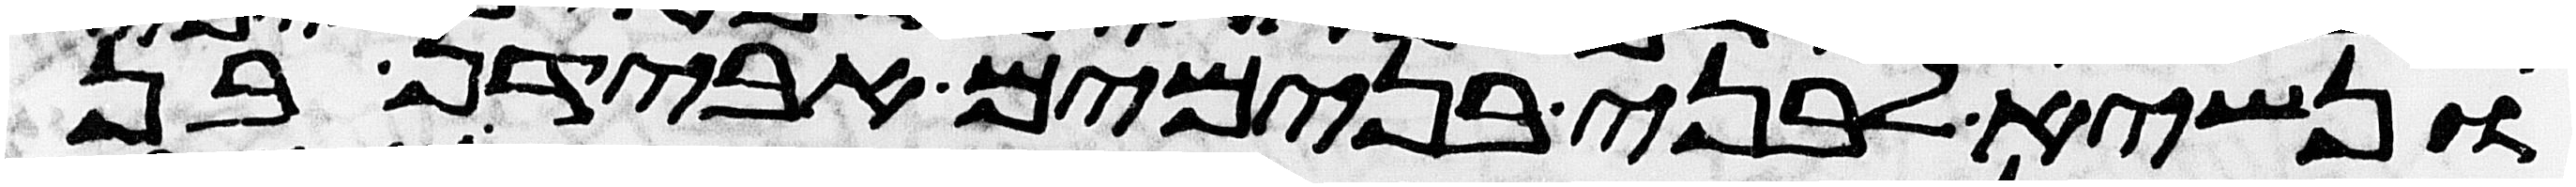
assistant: ונשיא לבני בנימים אבידן בן